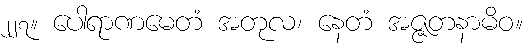
၂၂၇။ ပေါရာဏမေတံ အတုလ၊ နေတံ အဇ္ဇတနာမိဝ။